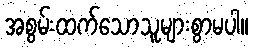
အစွမ်းထက်သောသူများစွာမပါ။